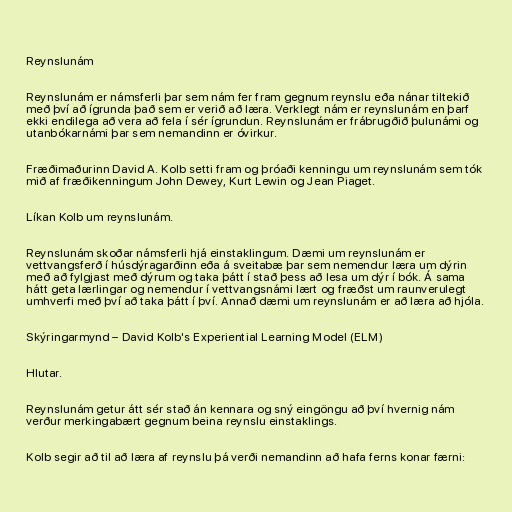
Reynslunám

Reynslunám er námsferli þar sem nám fer fram gegnum reynslu eða nánar tiltekið
með því að ígrunda það sem er verið að læra. Verklegt nám er reynslunám en þarf
ekki endilega að vera að fela í sér ígrundun. Reynslunám er frábrugðið þulunámi og
utanbókarnámi þar sem nemandinn er óvirkur.

Fræðimaðurinn David A. Kolb setti fram og þróaði kenningu um reynslunám sem tók
mið af fræðikenningum John Dewey, Kurt Lewin og Jean Piaget.

Líkan Kolb um reynslunám.

Reynslunám skoðar námsferli hjá einstaklingum. Dæmi um reynslunám er
vettvangsferð í húsdýragarðinn eða á sveitabæ þar sem nemendur læra um dýrin
með að fylgjast með dýrum og taka þátt í stað þess að lesa um dýr í bók. Á sama
hátt geta lærlingar og nemendur í vettvangsnámi lært og fræðst um raunverulegt
umhverfi með því að taka þátt í því. Annað dæmi um reynslunám er að læra að hjóla.

Skýringarmynd – David Kolb's Experiential Learning Model (ELM)

Hlutar.

Reynslunám getur átt sér stað án kennara og sný eingöngu að því hvernig nám
verður merkingabært gegnum beina reynslu einstaklings.

Kolb segir að til að læra af reynslu þá verði nemandinn að hafa ferns konar færni: